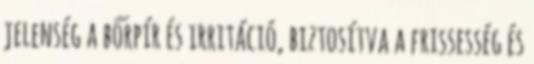
jelenség a bőrpír és irritáció, biztosítva a frissesség és